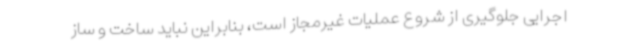
اجرایی جلوگیری از شروع عملیات غیرمجاز است، بنابراین نباید ساخت و ساز